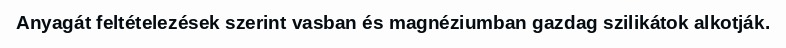
Anyagát feltételezések szerint vasban és magnéziumban gazdag szilikátok alkotják.